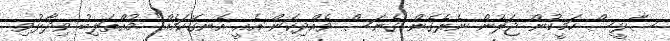
ސާޅީސް ހަމީހުން ޖަލުން ނެރެގެން ގެނަސް ވެއްދިކަން އެއީ އެނގޭކަމެއް" މުއްތަލިބު ވިދާޅުވި